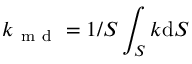
k _ { \mathrm { ~ m ~ d ~ } } = 1 / S \int _ { S } k \mathrm { d } S